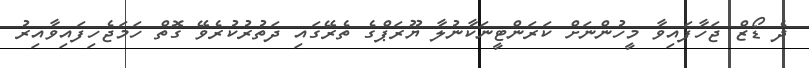
ދެ ޑޯޒް ޖަހާފައިވާ މީހުންނަށް ކަރަންޓީނަކާނުލާ ޔޫރަޕްގެ ތެރޭގައި ދަތުރުކުރެވޭ ގޮތް ހަމަޖެހިފައިވާއިރު